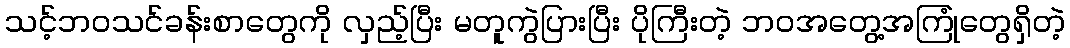
သင့်ဘဝသင်ခန်းစာတွေကို လှည့်ပြီး မတူကွဲပြားပြီး ပိုကြီးတဲ့ ဘဝအတွေ့အကြုံတွေရှိတဲ့